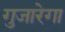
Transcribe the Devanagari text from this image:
गुजारेगा